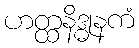
ဟတ္ထနိဒ္ဓုနကံ